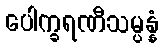
ပေါက္ခရဏီသမ္ပန္နံ